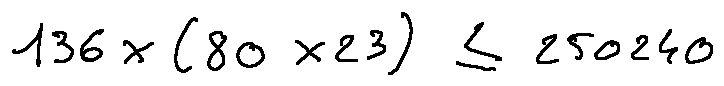
1 3 6 \times ( 8 0 \times 2 3 ) \leq 2 5 0 2 4 0